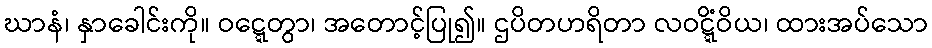
ဃာနံ၊ နှာခေါင်းကို။ ဝဋ္ဋေတွာ၊ အတောင့်ပြု၍။ ဌပိတဟရိတာ လဝဋ္ဋိံဝိယ၊ ထားအပ်သော